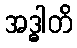
အဒ္ဓါတိ